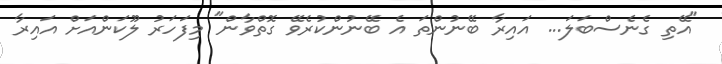
"އޭތި ގެނެސްބަލަ... އައިރާ ބޭނުންތަ އެ ބޭނުންކުރެވޭ ގޮތްވާން" މިފަހަރު ލޫކަންއަށް އައިރާ